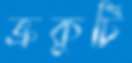
ভ্রুকুটি